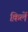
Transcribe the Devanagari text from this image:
क़िलें